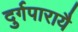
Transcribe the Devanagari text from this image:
दुर्गपारायै